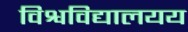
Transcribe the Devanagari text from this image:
विश्वविद्यालयय